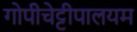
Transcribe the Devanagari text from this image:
गोपीचेट्टीपालयम